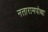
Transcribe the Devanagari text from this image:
नत्तारामपोथा